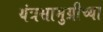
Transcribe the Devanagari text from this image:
यंत्रसामुग्रीच्या